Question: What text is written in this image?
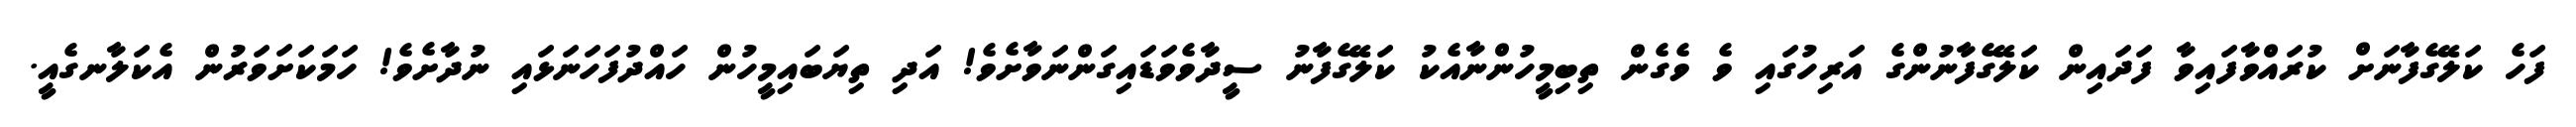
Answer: ފަހެ ކަލޭގެފާނަށް ކުރައްވާފައިވާ ފަދައިން ކަލޭގެފާނުންގެ އަރިހުގައި ވެ ވެގެން ތިބިމީހުންނާއެކު ކަލޭގެފާނު ސީދާވެވަޑައިގަންނަވާށެވެ! އަދި ތިޔަބައިމީހުން ހައްދުފަހަނަޅައި ނުދާށެވެ! ހަމަކަށަވަރުން އެކަލާނގެއީ.